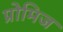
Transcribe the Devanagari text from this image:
प्रोमिज